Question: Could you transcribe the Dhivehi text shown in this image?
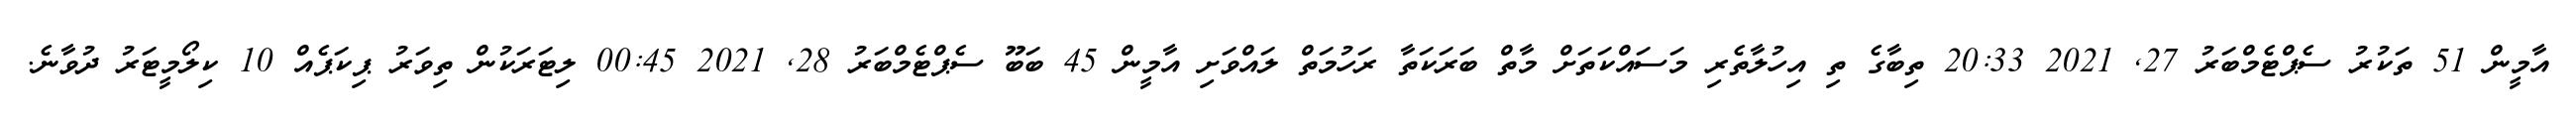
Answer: އާމީން 51 ތަކުރު ސެޕްޓެމްބަރު 27, 2021 20:33 ތިބާގެ ތި އިހުލާތެރި މަސައްކަތަށް މާތް ބަރަކަތާ ރަހުމަތް ލައްވަށި އާމީން 45 ބަބޫ ސެޕްޓެމްބަރު 28, 2021 00:45 ލިޓަރަކުން ތިވަރު ޕިކަޕެއް 10 ކިލޯމީޓަރު ދުވާނެ.